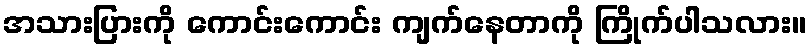
အသားပြားကို ကောင်းကောင်း ကျက်နေတာကို ကြိုက်ပါသလား။